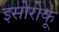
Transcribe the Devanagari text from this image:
इसोरोकू